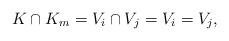
LaTeX: \begin{align*}K\cap K_m = V_i \cap V_j = V_i = V_j,\end{align*}